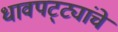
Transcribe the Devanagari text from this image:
धावपट्ट्यांचे